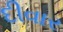
દીવાર